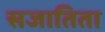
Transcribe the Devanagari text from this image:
सजातिता